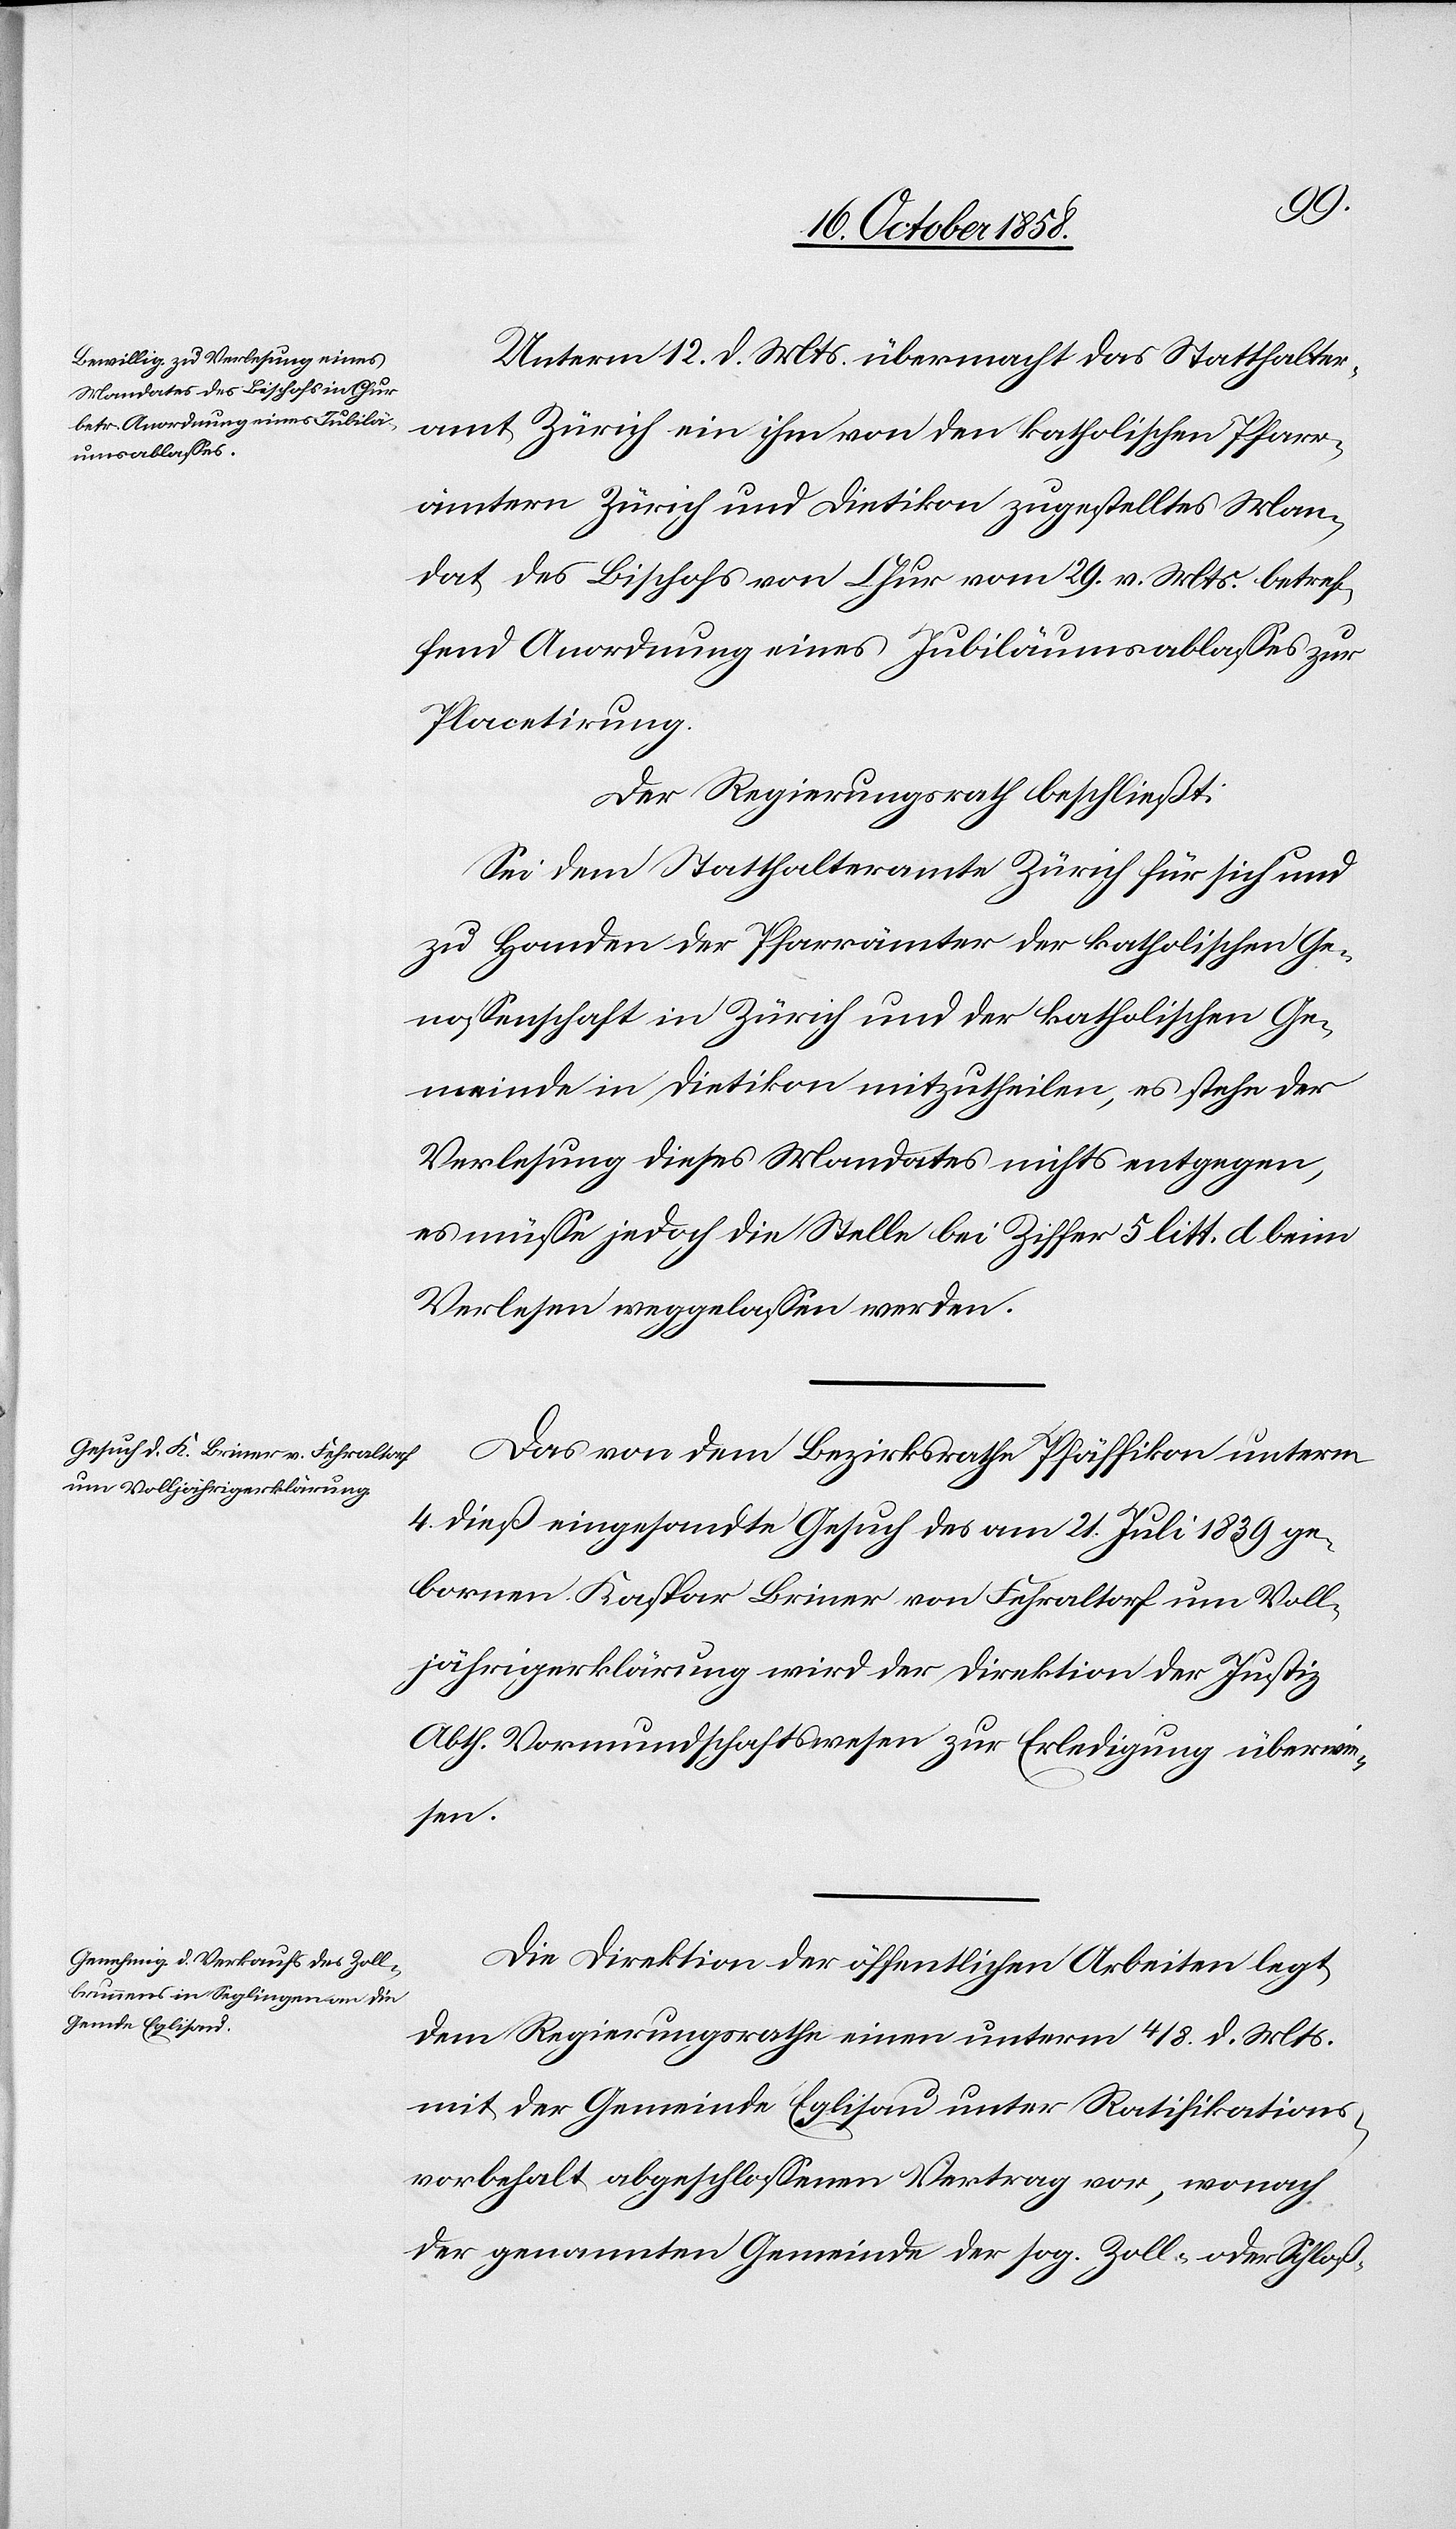
Unterm 12. d. Mts. übermacht das Statthalter¬
amt Zürich ein ihm von den katholischen Pfarr¬
ämtern Zürich und Dietikon zugestelltes Man¬
dat des Bischofs von Chur vom 29. v. Mts. betref¬
fend Anordnung eines Jubiläumsablasses zur
Placetirung.
Der Regierungsrath beschließt:
Sei dem Statthalteramte Zürich für sich und
zu Handen der Pfarrämter der katholischen Ge¬
nossenschaft in Zürich und der katholischen Ge¬
meinde in Dietikon mitzutheilen, es stehe der
Verlesung dieses Mandates nichts entgegen,
es müsse jedoch die Stelle bei Ziffer 5 litt. d beim
Verlesen weggelassen werden.
Das von dem Bezirksrathe Pfäffikon unterm
4. dieß eingesandte Gesuch des am 21. Juli 1839 ge¬
bornen Kaspar Briner von Fehraltorf um Voll¬
jährigerklärung wird der Direktion der Justiz
Abth. Vormundschaftswesen zur Erledigung überwie¬
sen.
Die Direktion der öffentlichen Arbeiten legt
dem Regierungsrathe einen unterm 4 / 8. d. Mts.
mit der Gemeinde Eglisau unter Ratifikations¬
vorbehalt abgeschlossenen Vertrag vor, wonach
der genannten Gemeinde der sog. Zoll- oder Schloß-